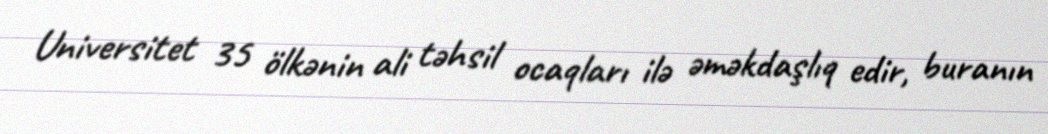
Universitet 35 ölkənin ali təhsil ocaqları ilə əməkdaşlıq edir, buranın